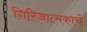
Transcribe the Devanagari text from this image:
गिरिजात्मकाचे